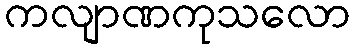
ကလျာဏကုသလော